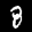
Label: 8